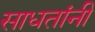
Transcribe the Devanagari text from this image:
साधतांनी